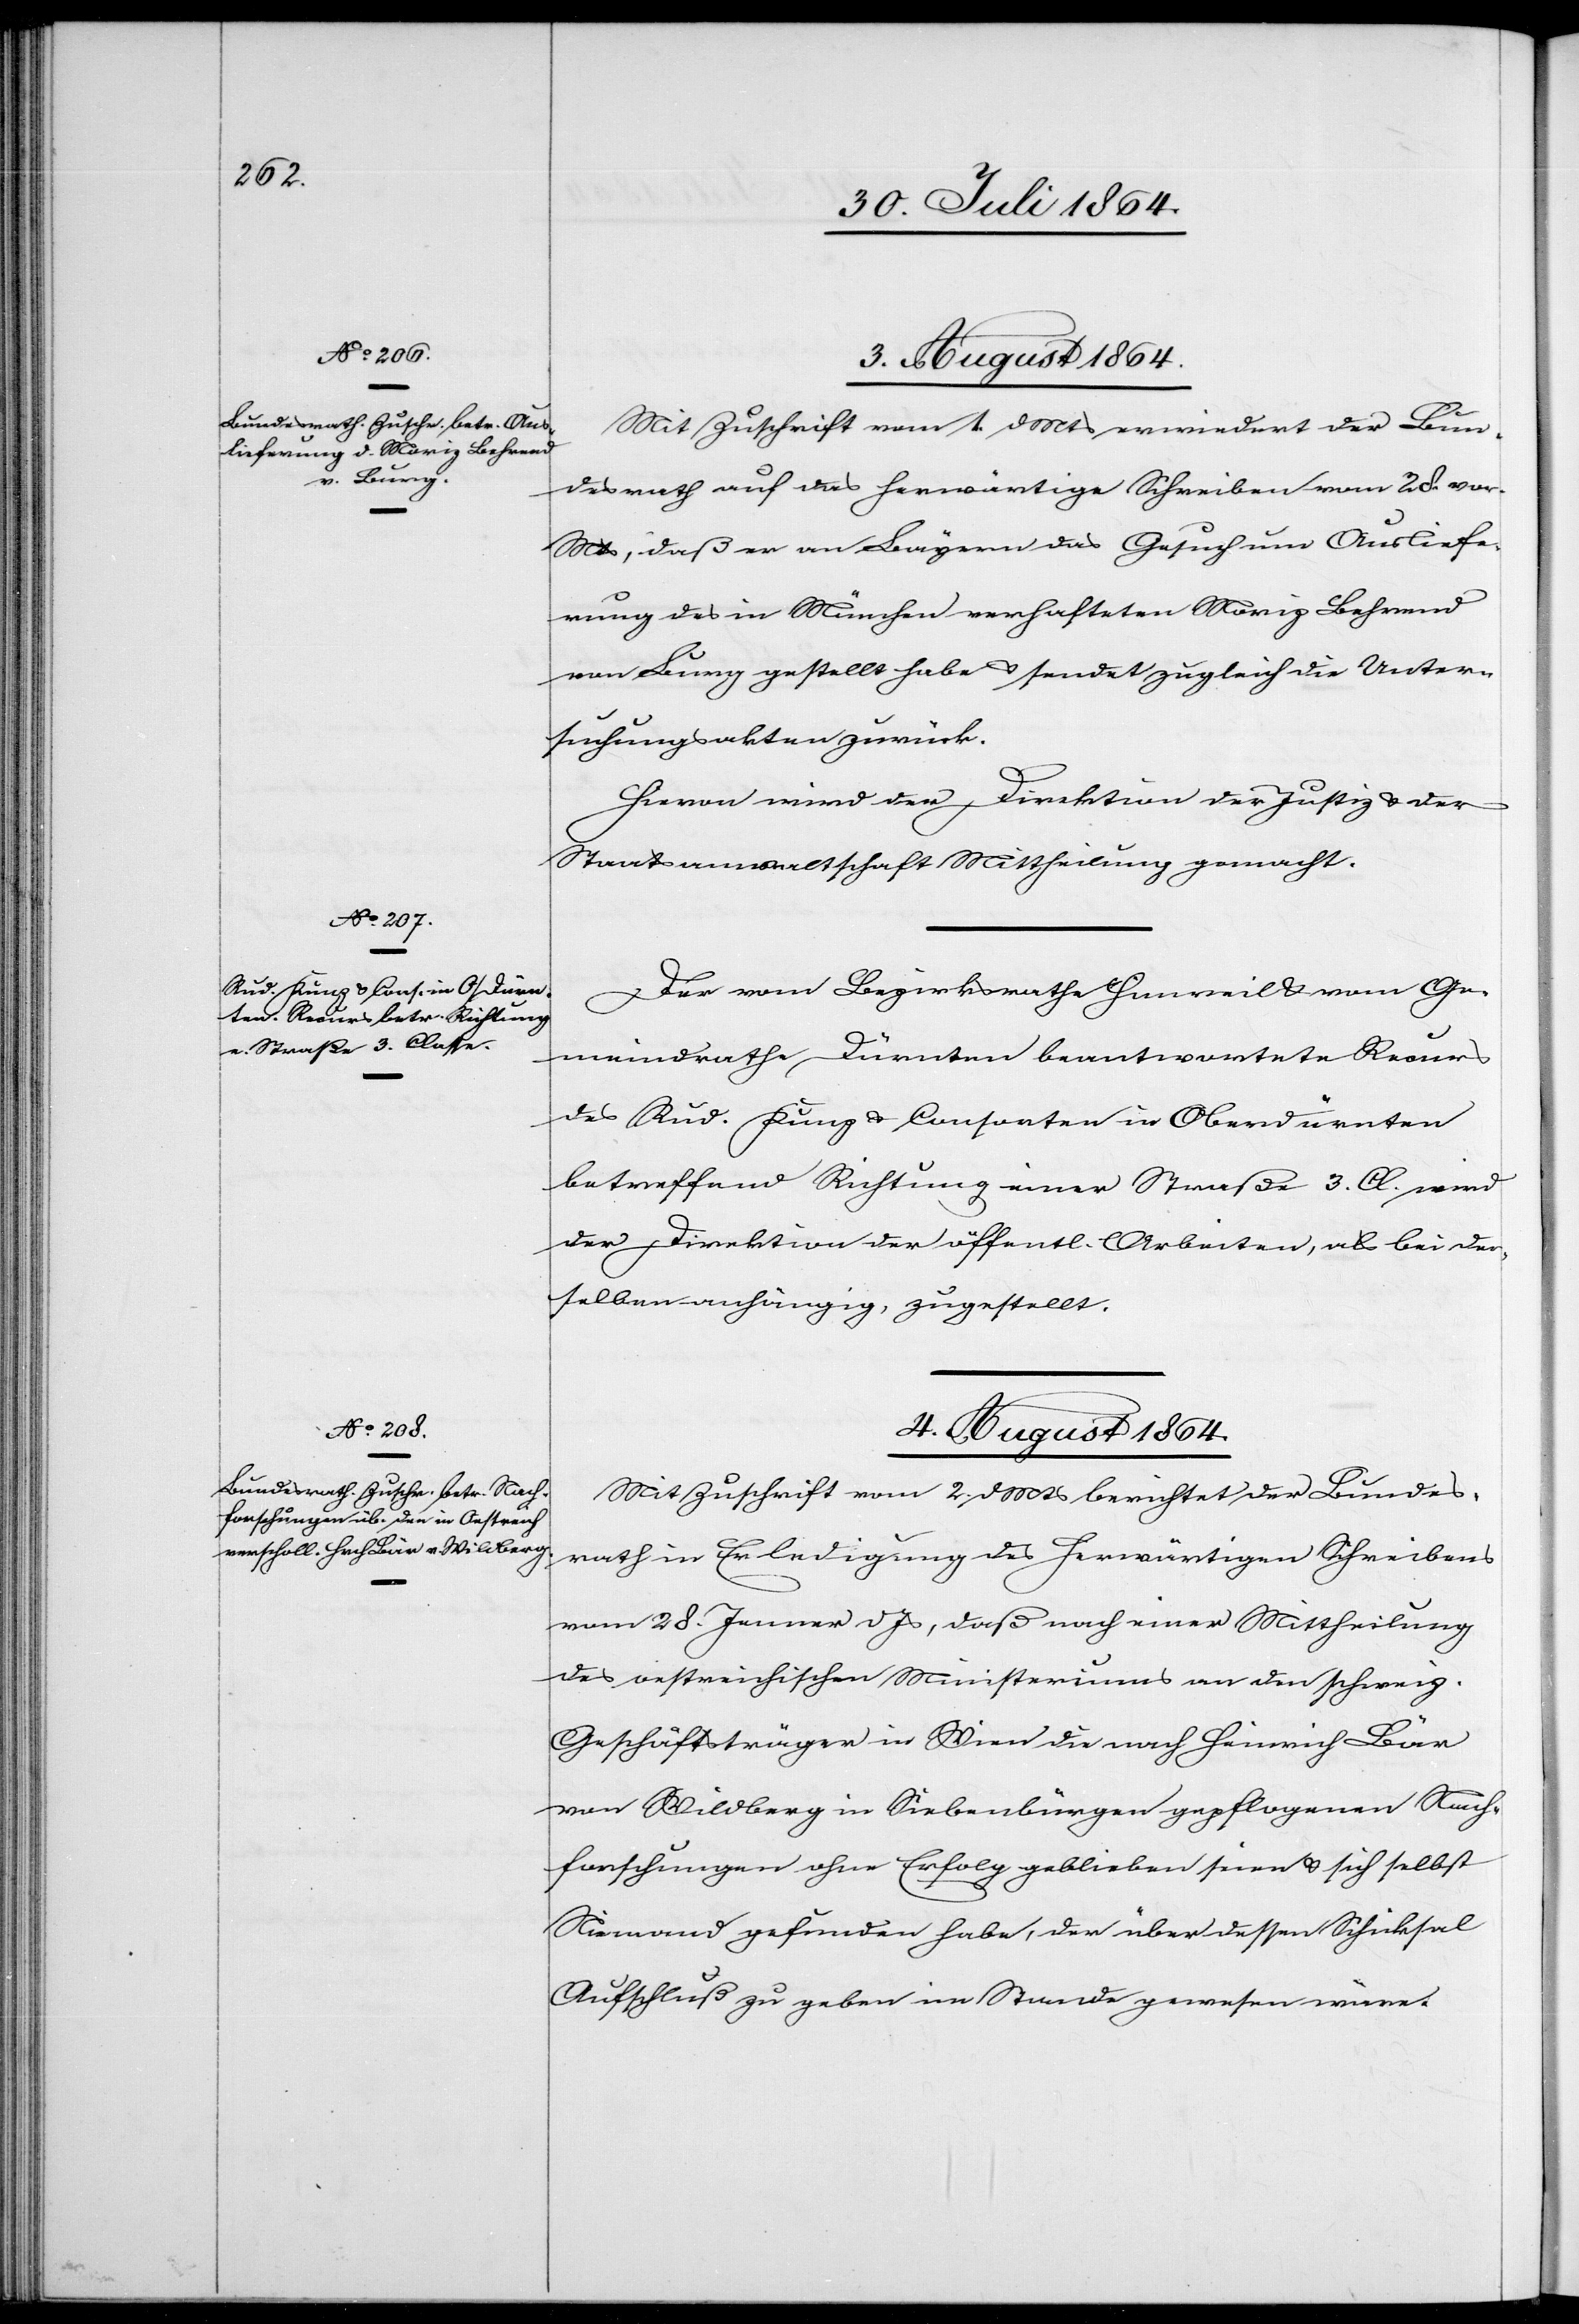
3. August 1864.]
Mit Zuschrift vom 1. d. Mts. erwiedert der Bun¬
desrath auf das herwärtige Schreiben vom 28. vor.
Mts, daß er an Bayern das Gesuch um Ausliefe¬
rung des in München verhafteten Moriz Behrend
von Burg gestellt habe & sendet zugleich die Unter¬
suchungsakten zurück.
Hievon wird der Direktion der Justiz & der
Staatsanwaltschaft Mittheilung gemacht.
Der vom Bezirksrath Hinweil & vom Ge¬
meindrathe Dürnten beantwortete Recurs
des Rud. Kunz & Consorten in Oberdürnten
betreffend Richtung einer Straße 3. Cl. wird
der Direktion der öffentl. Arbeiten, als bei der¬
selben anhängig, zugestellt.
4. August 1864.
Mit Zuschrift vom 2. d. Mts. berichtet der Bundes¬
rath in Erledigung des herwärtigen Schreibens
vom 28. Jenner d. Js., daß nach einer Mittheilung
des oestreichischen Ministeriums an den schweiz.
Geschäftsträger in Wien die nach Heinrich Schär
von Wildberg in Siebenbürgen gepflogenen Nach¬
forschungen ohne Erfolg geblieben seien & sich selbst
Niemand gefunden habe, der über dessen Schicksal
Aufschluß zu geben im Stande gewesen wäre.